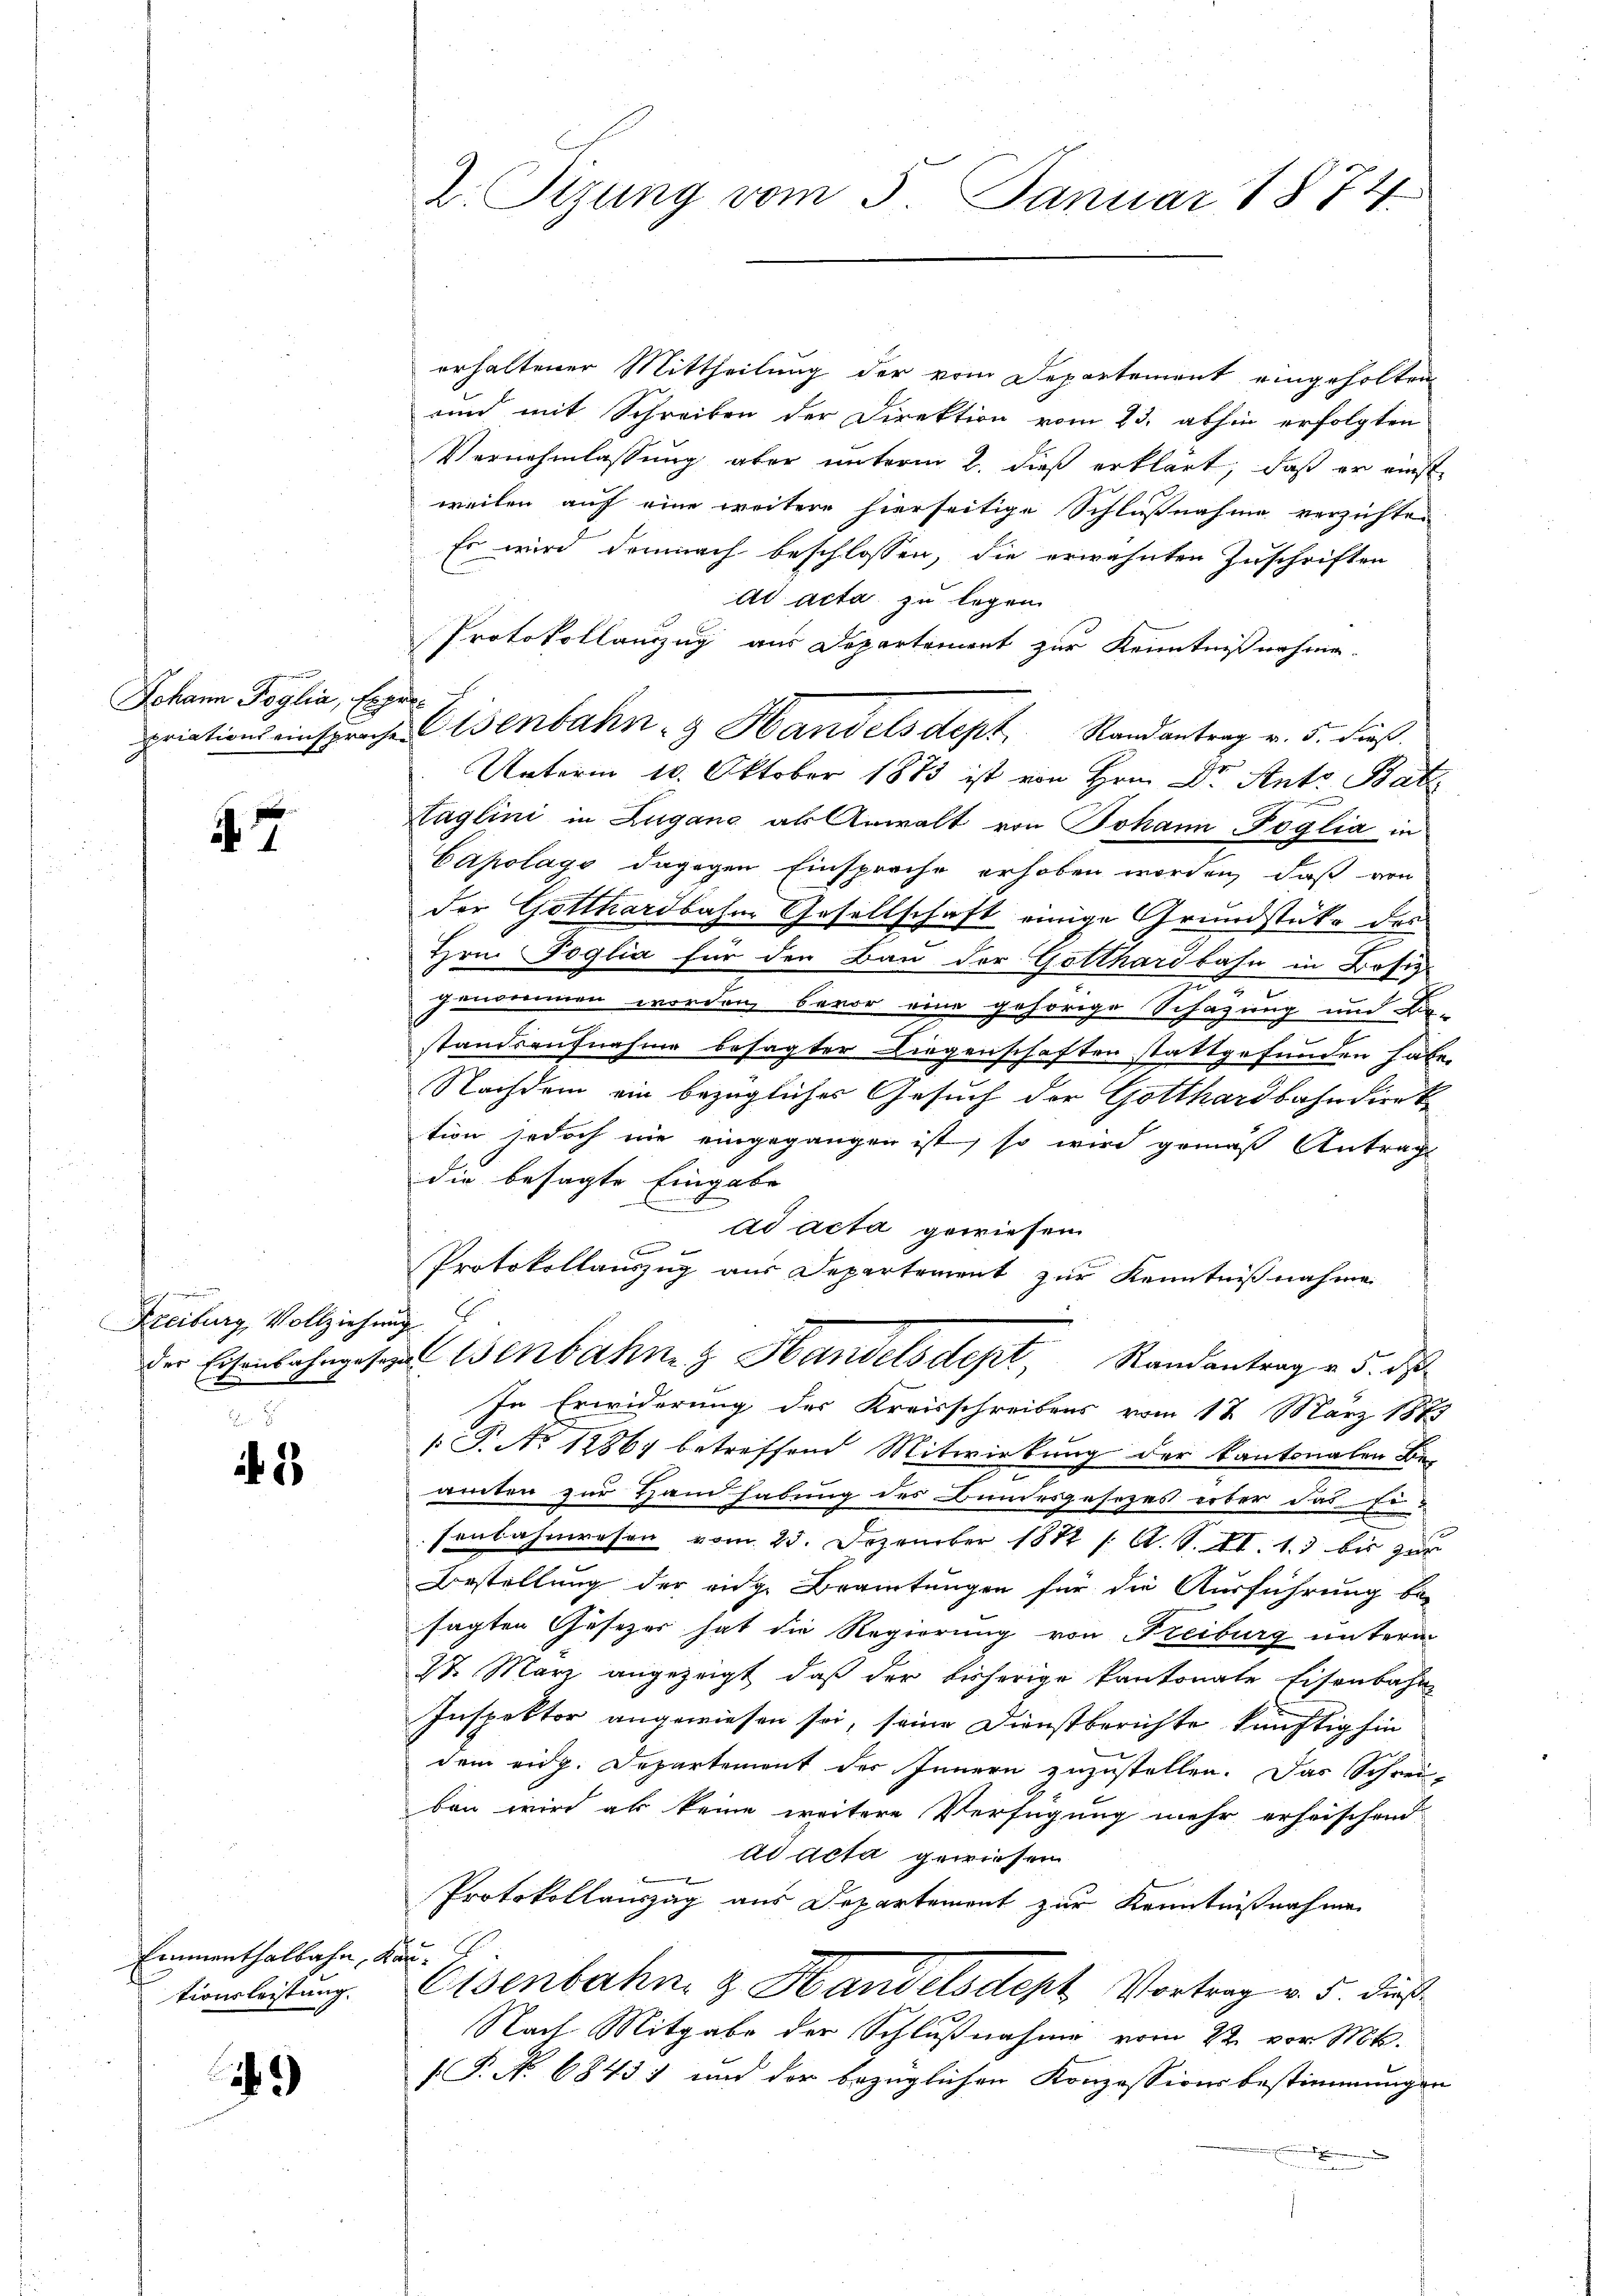
Johann Poglia, Exper¬

i

.

sich
Freiburg, Vollziehung

3

Emnmenthalbahn, kan
tionsleistung.

)

Z. Sizung vom 5. Januar 1874.

erhaltener Mittheilung der vom Departement eingeholten
uind mit Schreiben der Direktion vom 23. abhin erfolgten
Vernehmlassung aber unterm 2. dieß erklärt, daß er einst
weilen auf eine weitere hierseitige Schlußnahme verzichte
Es wird demnach beschlossen, die erwähnten Zuschriften
ad acta zu legen
Protokollanzug aus Departement zur Kenntnißnahme
priations einsprache Eisenbahn- & Handels dept. Randantrag v. 5. dieß.
Unterm 10. Oktober 1873 ist von Hrn. Dr. Ant. Batz
Haglini in Lugang als Anwalt von Johann Foglia in
Capolags dagegen Einsprache erhoben worden, daß von
der Gotthardbahne Gesellschaft einige Grundstüke des
Hrn. Poglia für den Bau der Gotthardbahn in Bosiz-
1
genommen worden, bevor eine gehörige Schazung und Ein-
standsaufnahme besagter Liegenschaften stattgefunden habe.
Nachdem ein bezügliches Gesuch der Gotthardbahndierte
tion jedoch nie eingegangen ist, so wird gemäß Antrags
die besagte Eingabe
ad acta gewiesen
Protokollauszug aus Departement zur Kenntnißnahme
der Eisenbahngesehe Benbahng Handelsdept, Randantrag v. 5. ds
In Erwiderung des Kreisschreibens vom 12. März 1873
 P. Nr. 1886 betreffend Mitwirkung der Kantonalen Beamten zur Hand habung des Bundesgesetzes erber das Er
senbahnwesen vom 23. Dezember 1882 /: A. S. II. 1. bis zu
Bestellung der eidg. Beamtungen für die Ausführung be-
sagten Gesetzer hat die Regierung von Freiburg unterm
2t März angezeigt, daß der bisherige Kantonale Eisenbahn
Inspektor angewiesen sei, seine Dienstberichte künftig hin
dem eidg. Departement des Innern zuzustellen. Das Schrei-
ben wird als keine weitere Verfügung mehr erheischend
ad Acta gewiesen
Protokollauszug aus Departement zur Kenntnißnahme
Eisenbahn, z. Handelsdept Vortrag v. 5. dieß
Nach Mitgabe der Schlußnahme vom 22. vor M.
(P. No 6843) und der bezüglichen Konzessionsbestimmungen